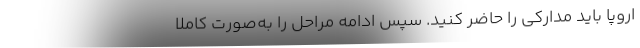
اروپا باید مدارکی را حاضر کنید. سپس ادامه مراحل را به‌صورت کاملاً